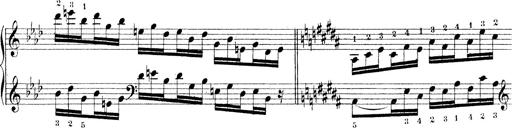
Title: Technische Studien
Composer: Franz Liszt